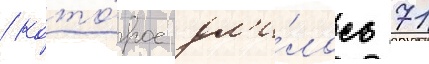
/ кото́рое дл'и́лось 71